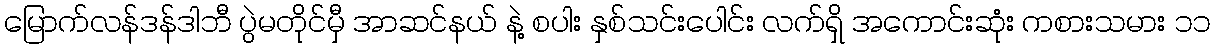
မြောက်လန်ဒန်ဒါဘီ ပွဲမတိုင်မှီ အာဆင်နယ် နဲ့ စပါး နှစ်သင်းပေါင်း လက်ရှိ အကောင်းဆုံး ကစားသမား ၁၁